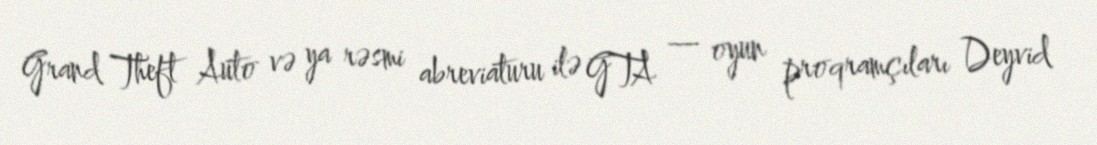
Grand Theft Auto və ya rəsmi abreviaturu ilə GTA — oyun proqramçıları Deyvid